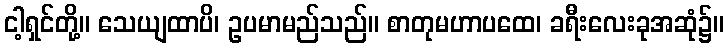
ငါ့ရှင်တို့။ သေယျထာပိ၊ ဥပမာမည်သည်။ စာတုမဟာပထေ၊ ခရီးလေးခုအဆုံ၌။